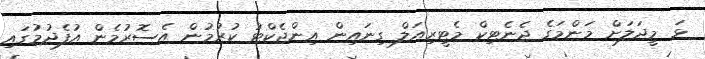
ޅަ މީދަލަށް މަންމަގެ ޖެނެޓިކް މެޓީރިއަލް ގިނައިން އިންޖެކްޓު ކުރުމުން އެސޮރުމެން އުފެދުމުގައި